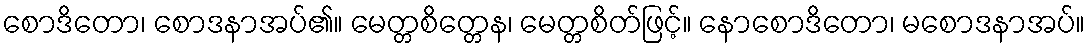
စောဒိတော၊ စောဒနာအပ်၏။ မေတ္တစိတ္တေန၊ မေတ္တစိတ်ဖြင့်။ နောစောဒိတော၊ မစောဒနာအပ်။